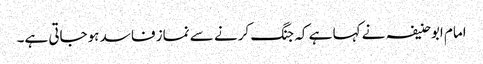
امام ابوحنیفہ نے کہا ہے کہ جنگ کرنے سے نماز فاسد ہوجاتی ہے۔